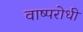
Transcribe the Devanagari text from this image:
वाष्परोधी